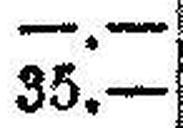
35.—